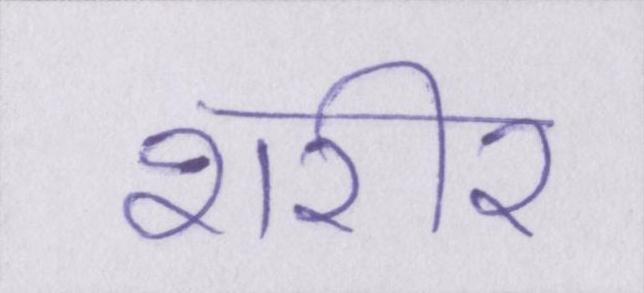
शरीर